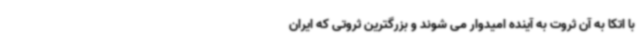
با اتکا به آن ثروت به آینده امیدوار می شوند و بزرگترین ثروتی که ایران